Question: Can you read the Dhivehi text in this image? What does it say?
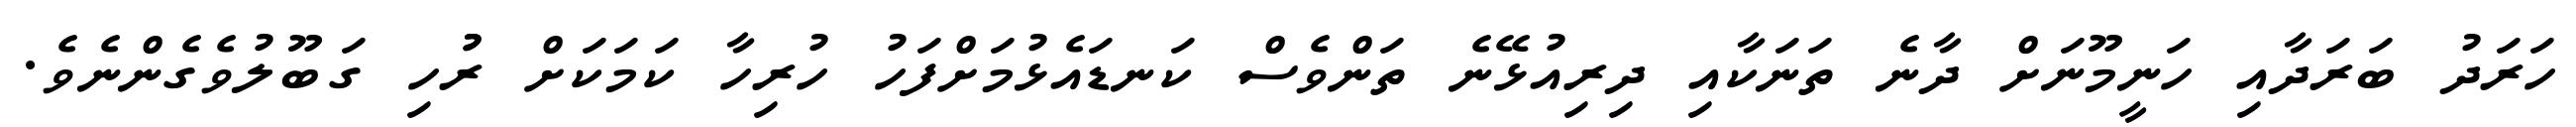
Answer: ހަރަދު ބަރަދާއި ހަނީމޫނަށް ދާނެ ތަނަކާއި ދިރިއުޅޭނެ ތަންވެސް ކަނޑައެޅުމަށްފަހު ހުރިހާ ކަމަކަށް ރުުހި ގަބޫލުވެގެންނެވެ.